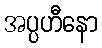
အပ္ပဟီနော